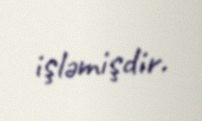
işləmişdir.